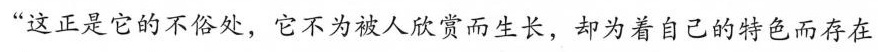
“这正是它的不俗处，它不为被人欣赏而生长，却为着自己的特色而存在